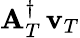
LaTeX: {\mathbf A}_{T}^{\dagger}\, {{\mathbf v}_{T}}